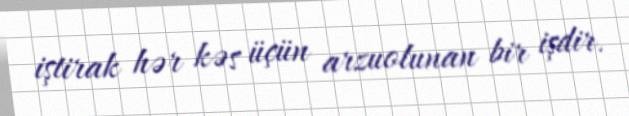
iştirak hər kəs üçün arzuolunan bir işdir.